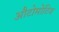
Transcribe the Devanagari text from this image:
औटोमोटिव